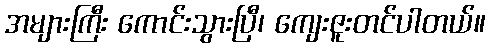
အများကြီး ကောင်းသွားပြီ၊ ကျေးဇူးတင်ပါတယ်။